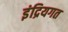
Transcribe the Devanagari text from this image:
इंद्रियगत